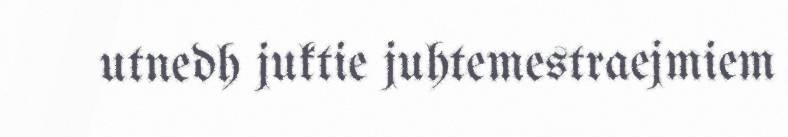
utnedh juktie juhtemestraejmiem